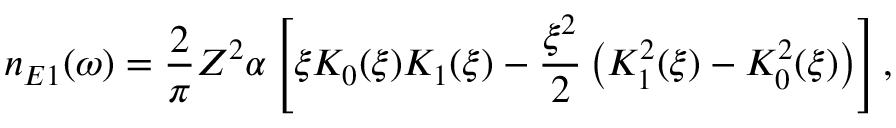
n _ { E 1 } ( \omega ) = \frac { 2 } { \pi } Z ^ { 2 } \alpha \left[ \xi K _ { 0 } ( \xi ) K _ { 1 } ( \xi ) - \frac { \xi ^ { 2 } } { 2 } \left( K _ { 1 } ^ { 2 } ( \xi ) - K _ { 0 } ^ { 2 } ( \xi ) \right) \right] ,